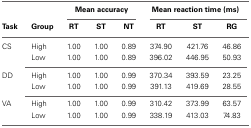
<table><thead><tr><td></td><td></td><td colspan="3"><b>Mean accuracy</b></td><td colspan="3"><b>Mean reaction time (ms)</b></td></tr><tr><td><b>Task</b></td><td><b>Group</b></td><td><b>RT</b></td><td><b>ST</b></td><td><b>NT</b></td><td><b>RT</b></td><td><b>ST</b></td><td><b>RG</b></td></tr></thead><tbody><tr><td>CS</td><td>High</td><td>1.00</td><td>1.00</td><td>0.89</td><td>374.90</td><td>421.76</td><td>46.86</td></tr><tr><td></td><td>Low</td><td>1.00</td><td>1.00</td><td>0.89</td><td>396.02</td><td>446.95</td><td>50.93</td></tr><tr><td>DD</td><td>High</td><td>1.00</td><td>1.00</td><td>0.99</td><td>370.34</td><td>393.59</td><td>23.25</td></tr><tr><td></td><td>Low</td><td>1.00</td><td>1.00</td><td>0.99</td><td>391.13</td><td>419.69</td><td>28.55</td></tr><tr><td>VA</td><td>High</td><td>1.00</td><td>1.00</td><td>0.99</td><td>310.42</td><td>373.99</td><td>63.57</td></tr><tr><td></td><td>Low</td><td>1.00</td><td>1.00</td><td>0.99</td><td>338.19</td><td>413.03</td><td>74.83</td></tr></tbody></table>